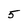
Character: 5